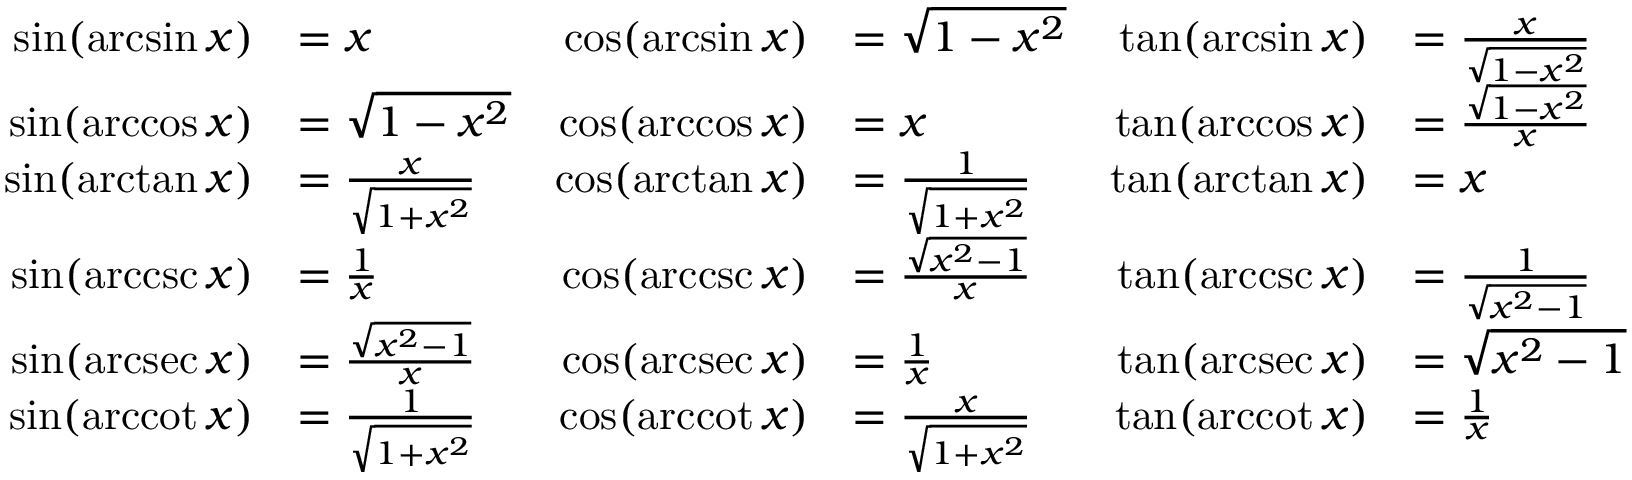
{ \begin{array} { r l r l r l } { \sin ( \arcsin x ) } & { = x } & { \cos ( \arcsin x ) } & { = { \sqrt { 1 - x ^ { 2 } } } } & { \tan ( \arcsin x ) } & { = { \frac { x } { \sqrt { 1 - x ^ { 2 } } } } } \\ { \sin ( \operatorname { a r c c o s } x ) } & { = { \sqrt { 1 - x ^ { 2 } } } } & { \cos ( \operatorname { a r c c o s } x ) } & { = x } & { \tan ( \operatorname { a r c c o s } x ) } & { = { \frac { \sqrt { 1 - x ^ { 2 } } } { x } } } \\ { \sin ( \arctan x ) } & { = { \frac { x } { \sqrt { 1 + x ^ { 2 } } } } } & { \cos ( \arctan x ) } & { = { \frac { 1 } { \sqrt { 1 + x ^ { 2 } } } } } & { \tan ( \arctan x ) } & { = x } \\ { \sin ( \operatorname { a r c c s c } x ) } & { = { \frac { 1 } { x } } } & { \cos ( \operatorname { a r c c s c } x ) } & { = { \frac { \sqrt { x ^ { 2 } - 1 } } { x } } } & { \tan ( \operatorname { a r c c s c } x ) } & { = { \frac { 1 } { \sqrt { x ^ { 2 } - 1 } } } } \\ { \sin ( \operatorname { a r c s e c } x ) } & { = { \frac { \sqrt { x ^ { 2 } - 1 } } { x } } } & { \cos ( \operatorname { a r c s e c } x ) } & { = { \frac { 1 } { x } } } & { \tan ( \operatorname { a r c s e c } x ) } & { = { \sqrt { x ^ { 2 } - 1 } } } \\ { \sin ( \operatorname { a r c c o t } x ) } & { = { \frac { 1 } { \sqrt { 1 + x ^ { 2 } } } } } & { \cos ( \operatorname { a r c c o t } x ) } & { = { \frac { x } { \sqrt { 1 + x ^ { 2 } } } } } & { \tan ( \operatorname { a r c c o t } x ) } & { = { \frac { 1 } { x } } } \end{array} }